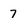
Character: 7